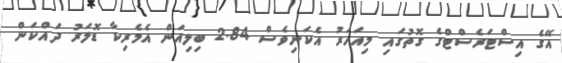
އޭގެ އިސްޓަރެސްޓްގެ ގޮތުގައި މިއަހަރު އެކަނިވެސް 2.84 ބިލިއަން އެމެރިކާ ޑޮލަރު ދައްކަން